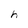
Character: h